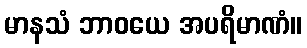
မာနသံ ဘာဝယေ အပရိမာဏံ။